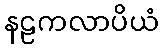
နဠကလာပိယံ